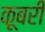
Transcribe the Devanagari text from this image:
कूबरी